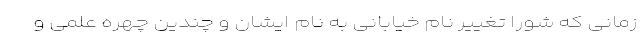
زمانی که شورا تغییر نام خیابانی به نام ایشان و چندین چهره علمی و